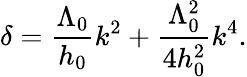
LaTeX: \delta=\frac{\Lambda_{0}}{h_{0}}k^{2}+\frac{\Lambda_{0}^{2}}{4h_{0}^{2}}k^{4}.